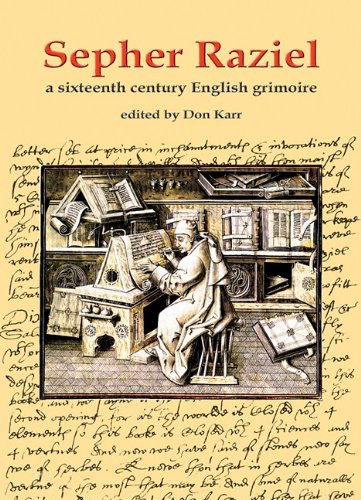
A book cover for Sepher Raziel: A Sixteenth Century English Grimoire (Sourceworks of Ceremonial Magic Series); Dr Stephen Skinner; Religion & Spirituality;